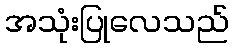
အသုံးပြုလေသည်